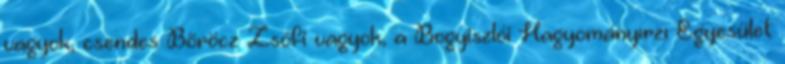
vagyok, csendes Böröcz Zsófi vagyok, a Bogyiszlói Hagyományırzı Egyesület